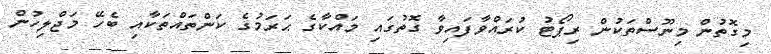
މިގޮތުން މިނޫސްތަކުން ރިޕޯޓު ކުރައްވާފައިވާ ގޮތުގައި މައްކާގެ ޙަރަމުގެ ކަންތައްތަކާއި ބެހޭ މަޖްލިހުން